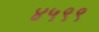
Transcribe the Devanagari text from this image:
४५९९